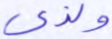
ولذي